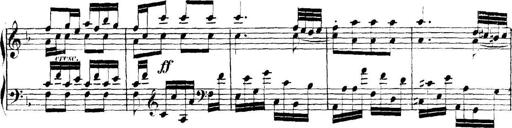
Title: Collected Piano Sonatas
Composer: Muzio Clementi